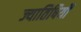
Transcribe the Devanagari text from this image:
ज्यातिषियों